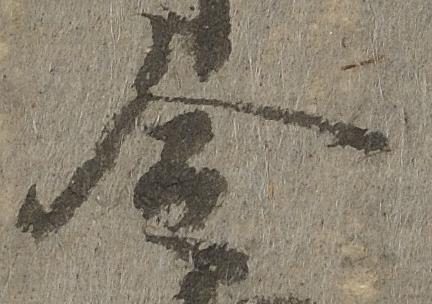
令